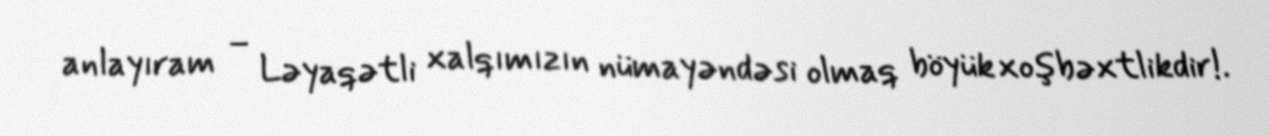
anlayıram – Ləyaqətli xalqımızın nümayəndəsi olmaq böyük xoşbəxtlikdir!.